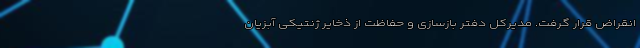
انقراض قرار گرفت. مدیرکل دفتر بازسازی و حفاظت از ذخایر ژنتیکی آبزیان